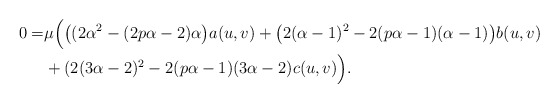
\begin{align*}0=&\mu\Big(\big((2\alpha^{2}-(2p\alpha-2)\alpha\big)a(u,v)+\big(2(\alpha-1)^{2}-2(p\alpha-1)(\alpha-1)\big)b(u,v)\\&+(2(3\alpha-2)^{2}-2(p\alpha-1)(3\alpha-2)c(u,v)\Big).\end{align*}